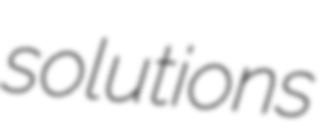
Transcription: solutions